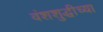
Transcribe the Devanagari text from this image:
वंशशुद्धीच्या